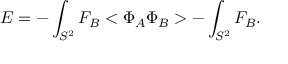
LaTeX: { \cal E } = - \int _ { S ^ { 2 } } F _ { B } < \Phi _ { A } \Phi _ { B } > - \int _ { S ^ { 2 } } F _ { B } .